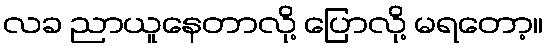
လခ ညာယူနေတာလို့ ပြောလို့ မရတော့။